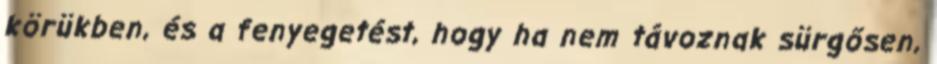
körükben, és a fenyegetést, hogy ha nem távoznak sürgősen,